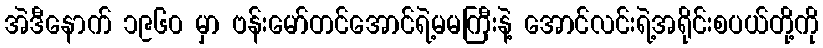
အဲဒီနောက် ၁၉၆၀ မှာ ဗန်းမော်တင်အောင်ရဲ့မမကြီးနဲ့ အောင်လင်းရဲ့အရိုင်းစပယ်တို့ကို